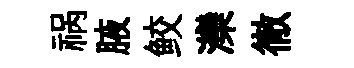
祸腋鲛灤徹